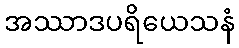
အဿာဒပရိယေသနံ